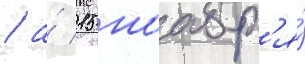
/ а́ 15 ноабр'я́